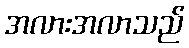
အလားအလာသည်